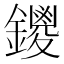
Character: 鑁